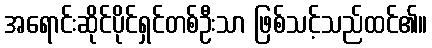
အရောင်းဆိုင်ပိုင်ရှင်တစ်ဦးသာ ဖြစ်သင့်သည်ထင်၏။